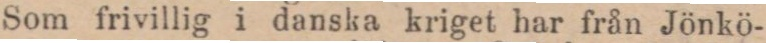
Som frivillig i danska kriget har från Jönkö-